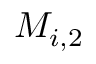
M _ { i , 2 }